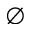
\emptyset